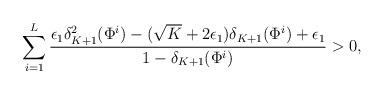
LaTeX: \begin{align*}\sum_{i=1}^{L}\frac{\epsilon_{1}\delta_{K+1}^{2}(\Phi^{i})-(\sqrt{K}+2\epsilon_{1})\delta_{K+1}(\Phi^{i}) +\epsilon_{1} }{1-\delta_{K+1}(\Phi^{i})} > 0,\end{align*}